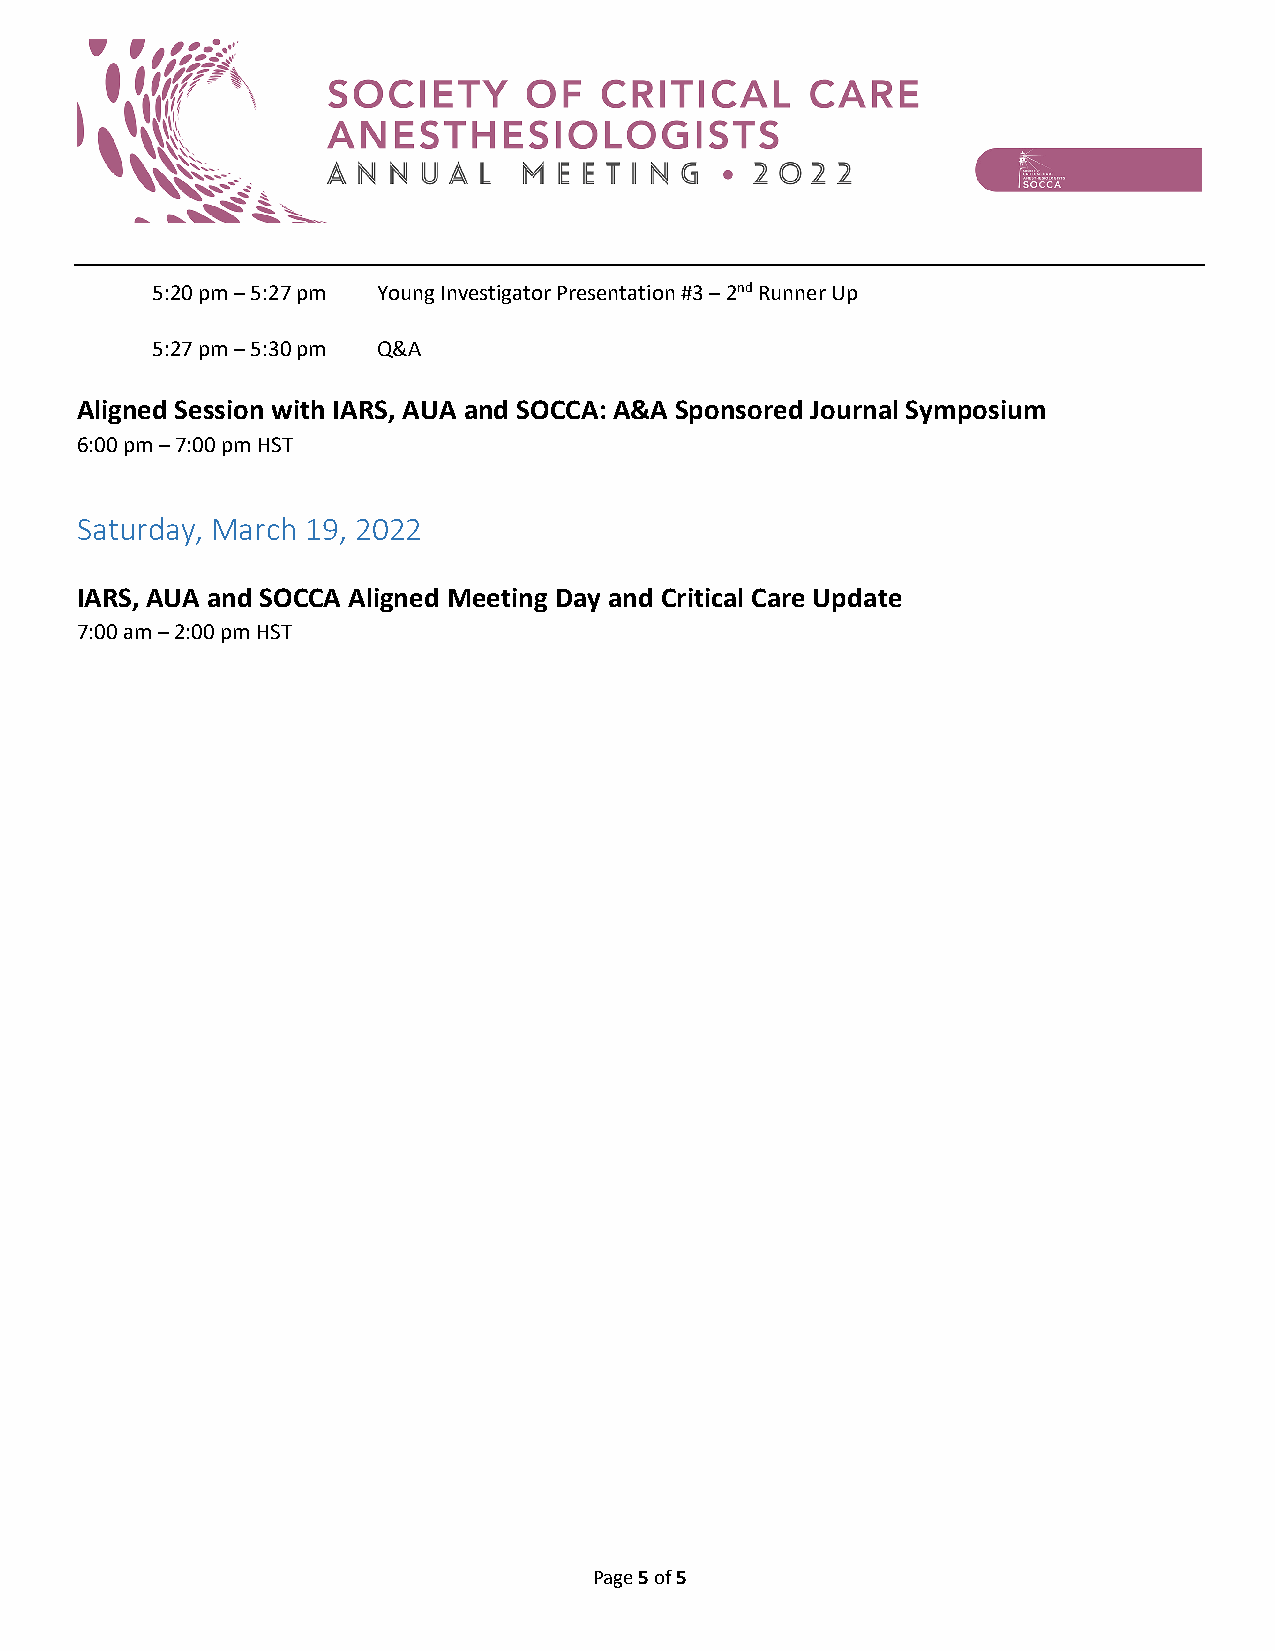
5:20 pm – 5:27 pm Young Investigator Presentation #3 – 2nd Runner Up
 5:27 pm – 5:30 pm Q&A
 Aligned Session with IARS, AUA and SOCCA: A&A Sponsored Journal Symposium
 6:00 pm – 7:00 pm HST
 Saturday, March 19, 2022
 IARS, AUA and SOCCA Aligned Meeting Day and Critical Care Update
 7:00 am – 2:00 pm HST
 Page 5 of 5